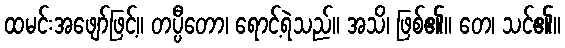
ထမင်းအဖျော်ဖြင့်။ တပ္ပီတော၊ ရောင့်ရဲသည်။ အသိ၊ ဖြစ်၏။ တေ၊ သင်၏။